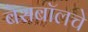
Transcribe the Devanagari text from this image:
बेसबॉलचे